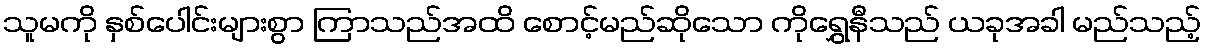
သူမကို နှစ်ပေါင်းများစွာ ကြာသည်အထိ စောင့်မည်ဆိုသော ကိုရွှေနီသည် ယခုအခါ မည်သည့်